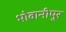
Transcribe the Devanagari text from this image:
भोवानीपुर